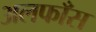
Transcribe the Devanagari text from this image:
अलफाँस